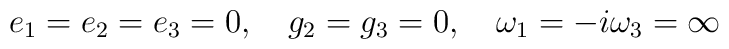
e_1=e_2=e_3=0,\quad   g_2=g_3=0,\quad   \omega_1=-i\omega_3=\infty